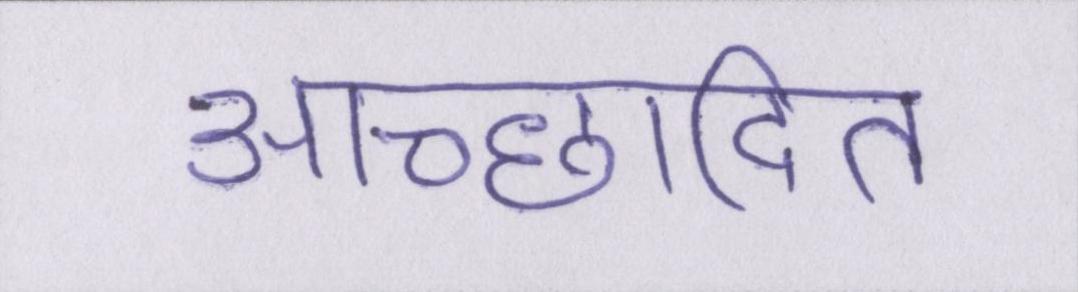
आच्छादित